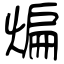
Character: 煸